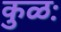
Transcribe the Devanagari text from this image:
कुळः